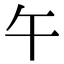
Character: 午